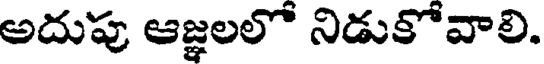
అదుపు ఆజ్ఞలలో నిడుకోవాలి.